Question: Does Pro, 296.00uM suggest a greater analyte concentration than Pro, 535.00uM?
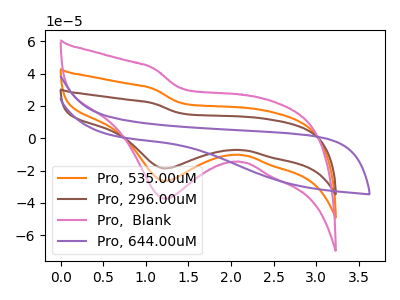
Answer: <think>The orange curve "Pro, 535.00uM" has a cathodic peak at: (1.20V, -26.40uA). The brown curve "Pro, 296.00uM" has a cathodic peak at: (1.20V, -18.65uA). The pink curve "Pro,  Blank" has a cathodic peak at: (1.20V, -52.80uA). The purple curve "Pro, 644.00uM" has no peaks.
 All the peaks in "Pro, 296.00uM" have a peak in "Pro, 535.00uM" at the same potential. Every peak in "Pro, 296.00uM" is lower than every peak in "Pro, 535.00uM".</think>
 <answer>"Pro, 296.00uM" has less signal than "Pro, 535.00uM".</answer>
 <eval>less_signal</eval>